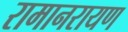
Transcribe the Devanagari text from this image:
रामानरायण